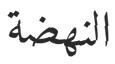
النھضة